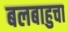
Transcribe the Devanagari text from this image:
बलबाहुचा